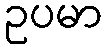
ဥပမာ